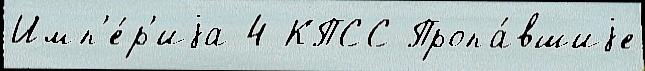
Имп'е́р'иjа 4 КПСС Пропа́вшиjе